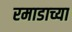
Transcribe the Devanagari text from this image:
रमाडाच्या